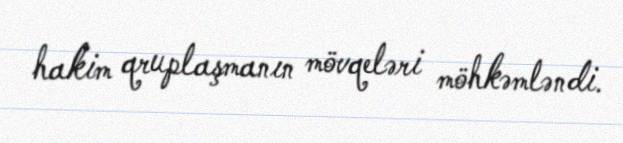
hakim qruplaşmanın mövqeləri möhkəmləndi.